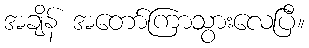
အချိန် အတော်ကြာသွားလေပြီ။